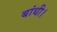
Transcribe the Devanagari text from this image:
बांधी।